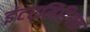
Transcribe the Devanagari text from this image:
इंटरमिडियस